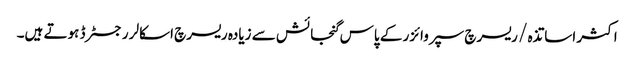
اکثر اساتذہ / ریسرچ سپروائزر کے پاس گنجائش سے زیادہ ریسرچ اسکالر رجسٹرڈ ہوتے ہیں۔